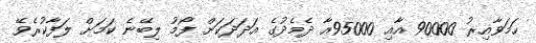
ހަމަވާއިރު 90000 އާއި 95000އާ ދެމެދުގެ އަދަދަކަށް ފޯމު ލިބޭނެ ކަމަށް ލަފާކުރެވޭ